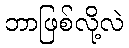
ဘာဖြစ်လို့လဲ